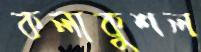
কলাকুশল